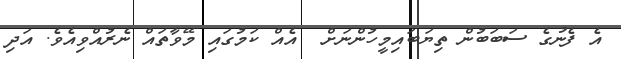
އެ ފެނުގެ ސަބަބުން ތިޔަބައިމީހުންނަށް  އެއް ކަމުގައި މޭވާތައް ނެރުއްވިއެވެ. އަދި